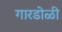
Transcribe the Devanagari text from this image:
गारडोळी